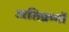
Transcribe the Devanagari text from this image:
अतिक्रमों